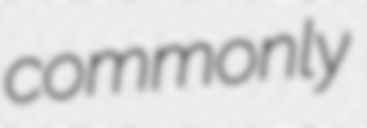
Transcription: commonly